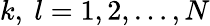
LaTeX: k,\ l=1,2,\ldots,N